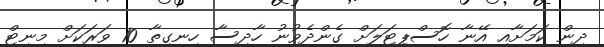
ދިން ކަމަށާއި އޭނާ ހޮސްޕިޓަލަށް ގެންދެވުނު ހާދިސާ ހިނގިތާ 10 ވަރަކަށް މިނިޓް